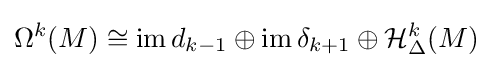
\Omega ^{k}(M)\cong \operatorname {im} d_{k-1}\oplus \operatorname {im} \delta _{k+1}\oplus {\mathcal {H}}_{\Delta }^{k}(M)